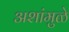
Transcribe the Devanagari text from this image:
अशांमुळे